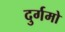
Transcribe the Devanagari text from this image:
दुर्गमो